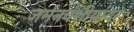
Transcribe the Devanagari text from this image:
जर्मनवंशीयांवर